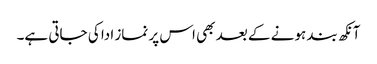
آنکھ بند ہونے کے بعد بھی اس پر نماز ادا کی جاتی ہے۔